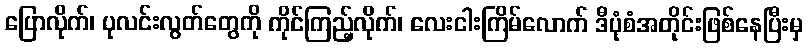
ပြောလိုက်၊ ပုလင်းလွတ်တွေကို ကိုင်ကြည့်လိုက်၊ လေးငါးကြိမ်လောက် ဒီပုံစံအတိုင်းဖြစ်နေပြီးမှ